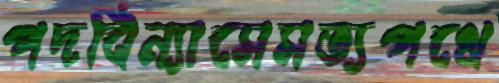
পদবিন্যাসেসত্যপথে